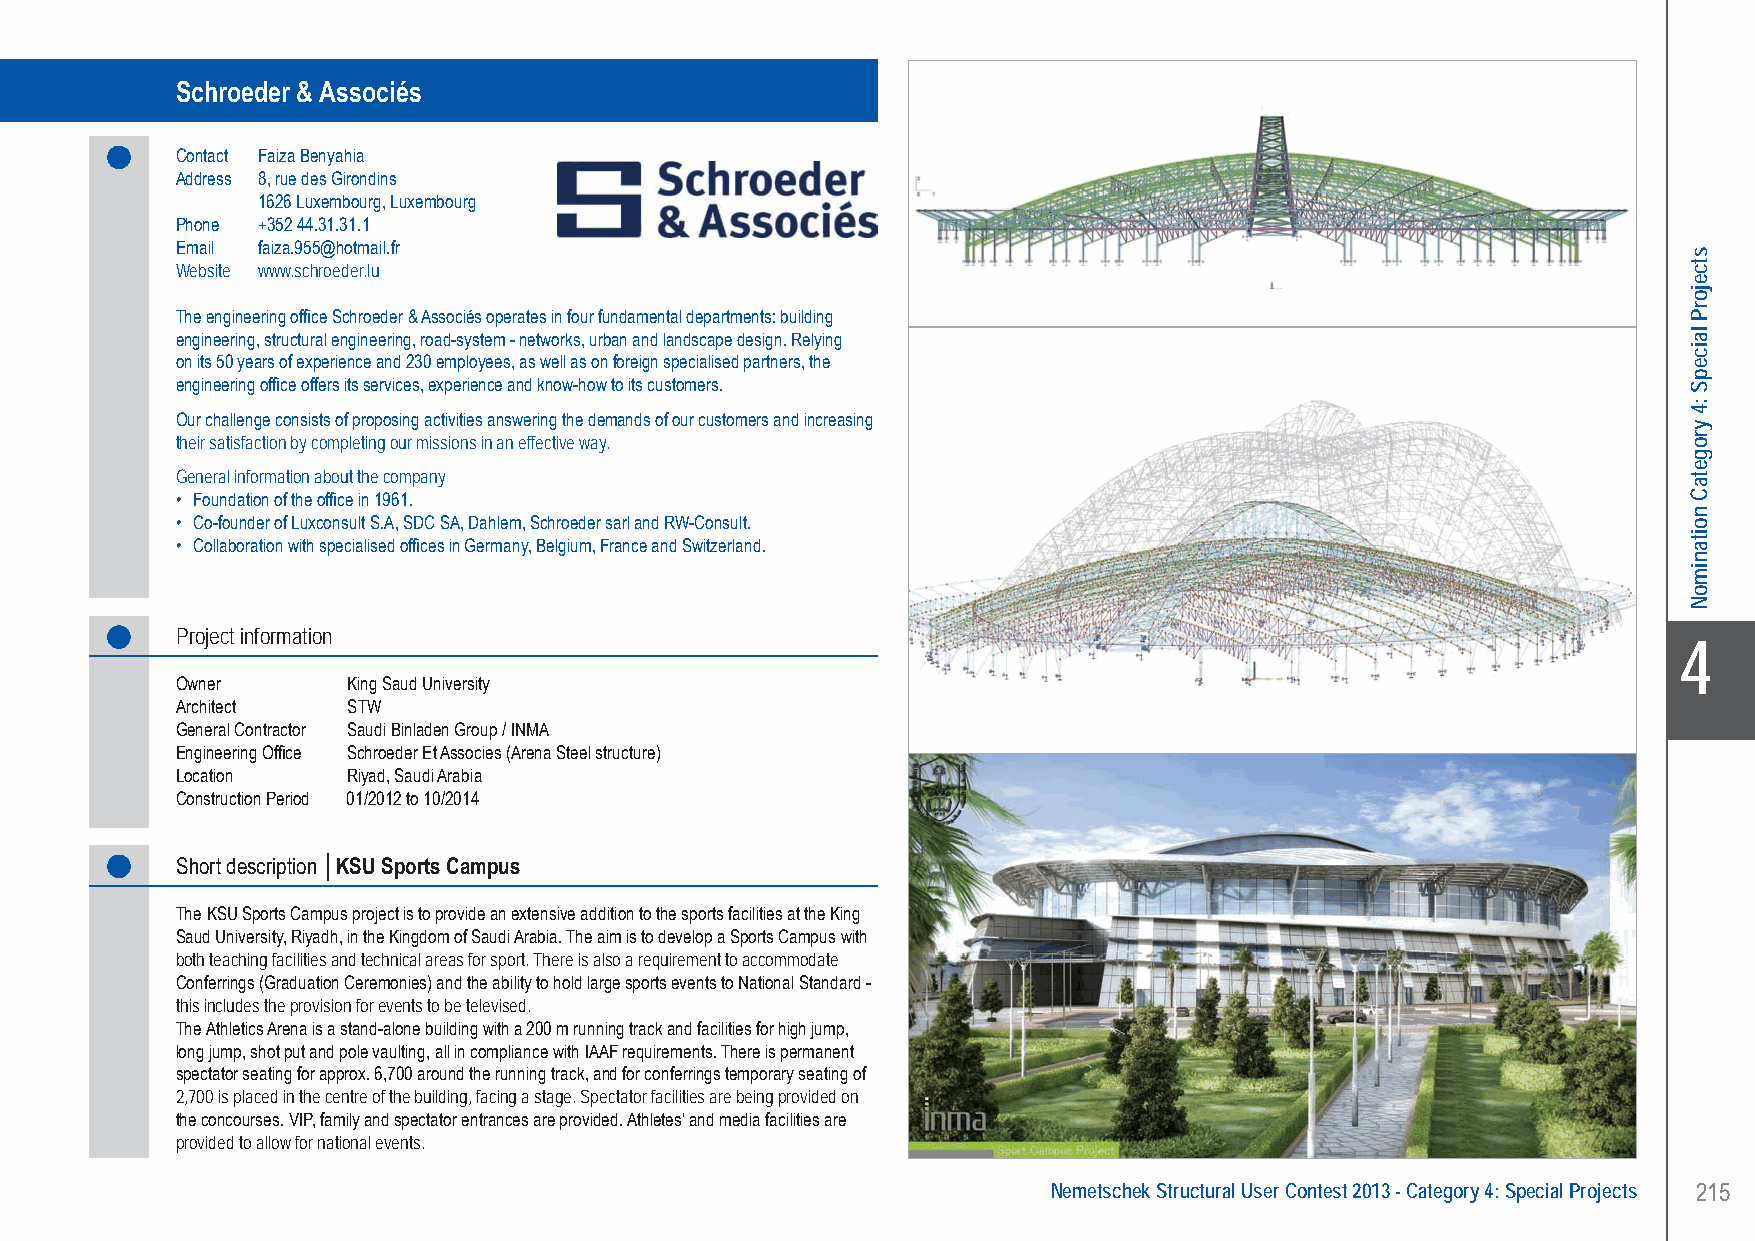
Schroeder & Associés..........KSU Sports Campus - Riyad, Saudi Arabia
 Schroeder & Associés
 Contact Faiza Benyahia
 Address 8, rue des Girondins
 1626 Luxembourg, Luxembourg
 Phone +352 44.31.31.1
 Email faiza.955@hotmail.fr
 Website www.schroeder.lu
 The engineering office Schroeder & Associés operates in four fundamental departments: building
 engineering, structural engineering, road-system - networks, urban and landscape design. Relying
 on its 50 years of experience and 230 employees, as well as on foreign specialised partners, the
 engineering office offers its services, experience and know-how to its customers.
 Our challenge consists of proposing activities answering the demands of our customers and increasing
 their satisfaction by completing our missions in an effective way.
 General information about the company
 • Foundation of the office in 1961.
 • Co-founder of Luxconsult S.A, SDC SA, Dahlem, Schroeder sarl and RW-Consult.
 • Collaboration with specialised offices in Germany, Belgium, France and Switzerland.
 Project information
 X4
 Owner      King Saud University
 Architect  STW
 General Contractor Saudi Binladen Group / INMA
 Engineering Office Schroeder Et Associes (Arena Steel structure)
 Location   Riyad, Saudi Arabia
 Construction Period 01/2012 to 10/2014
 Short description │KSU Sports Campus
 The KSU Sports Campus project is to provide an extensive addition to the sports facilities at the King
 Saud University, Riyadh, in the Kingdom of Saudi Arabia. The aim is to develop a Sports Campus with
 both teaching facilities and technical areas for sport. There is also a requirement to accommodate
 Conferrings (Graduation Ceremonies) and the ability to hold large sports events to National Standard -
 this includes the provision for events to be televised.
 The Athletics Arena is a stand-alone building with a 200 m running track and facilities for high jump,
 long jump, shot put and pole vaulting, all in compliance with IAAF requirements. There is permanent
 spectator seating for approx. 6,700 around the running track, and for conferrings temporary seating of
 2,700 is placed in the centre of the building, facing a stage. Spectator facilities are being provided on
 the concourses. VIP, family and spectator entrances are provided. Athletes’ and media facilities are
 provided to allow for national events.
 Nemetschek Structural User Contest 2013 - Category 4: Special Projects 215
 UC-2013-Book-V8.indd 215                                                                                  7/11/2013 11:54:13 AM
 stcejorP
 laicepS
 :4
 yrogetaC
 noitanimoN